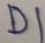
Text: D1